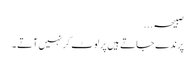
صبیحہ ...
پرندے جاتے ہیں پر لوٹ کر نہیں آتے ۔